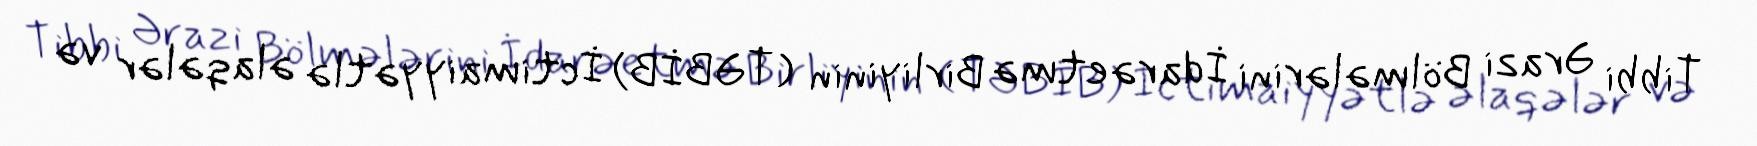
Tibbi Ərazi Bölmələrini İdarəetmə Birliyinin (TƏBİB) İctimaiyyətlə əlaqələr və